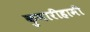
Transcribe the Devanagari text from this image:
कुमारीहामी